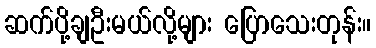
ဆက်ပို့ချဦးမယ်လို့များ ပြောသေးတုန်း။